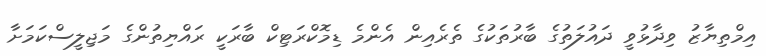
އިމްތިޔާޒު ވިދާޅުވީ ދައުލަތުގެ ބާރުތަކުގެ ތެރެއިން އެންމެ ޑިމޮކްރަޓިކް ބާރަކީ ރައްޔިތުންގެ މަޖިލީސްކަމަށާ